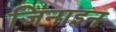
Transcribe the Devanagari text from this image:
जिनाइन